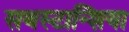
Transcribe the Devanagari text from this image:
सबस्टान्शिया